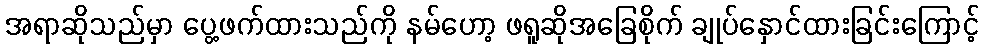
အရာဆိုသည်မှာ ပွေ့ဖက်ထားသည်ကို နမ်ဟော့ ဖရူဆိုအခြေစိုက် ချုပ်နှောင်ထားခြင်းကြောင့်